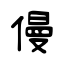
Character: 僈